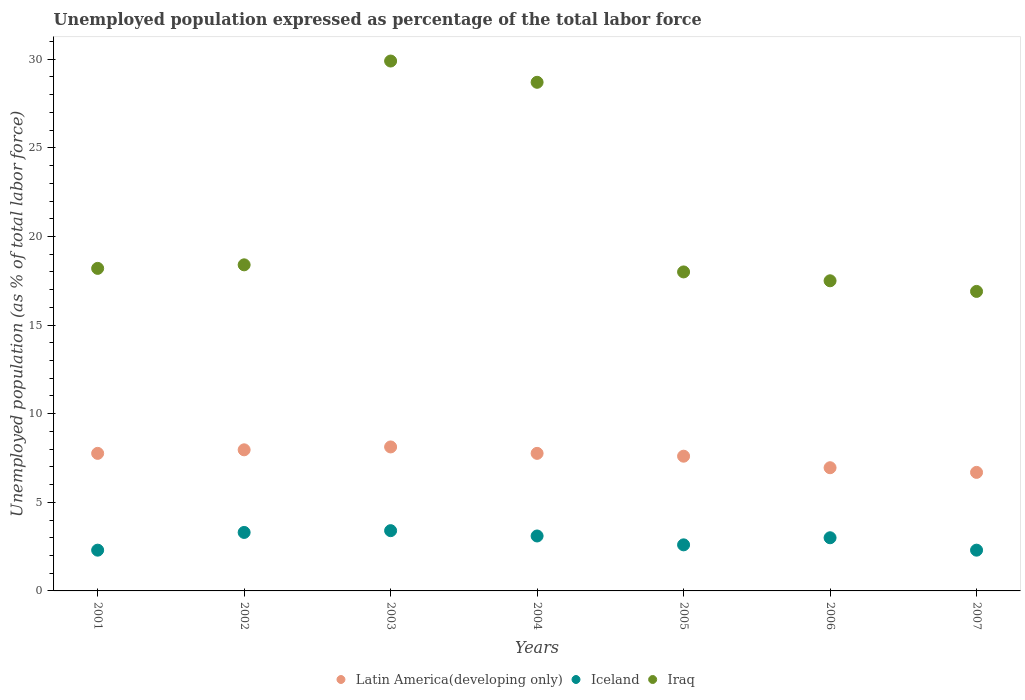
| Years | Latin America(developing only) | Iceland | Iraq |
 | --- | --- | --- | --- |
 | 2001 | 7.76 | 2.3 | 18.2 |
 | 2002 | 7.96 | 3.3 | 18.4 |
 | 2003 | 8.12 | 3.4 | 29.9 |
 | 2004 | 7.76 | 3.1 | 28.7 |
 | 2005 | 7.6 | 2.6 | 18 |
 | 2006 | 6.95 | 3 | 17.5 |
 | 2007 | 6.69 | 2.3 | 16.9 |